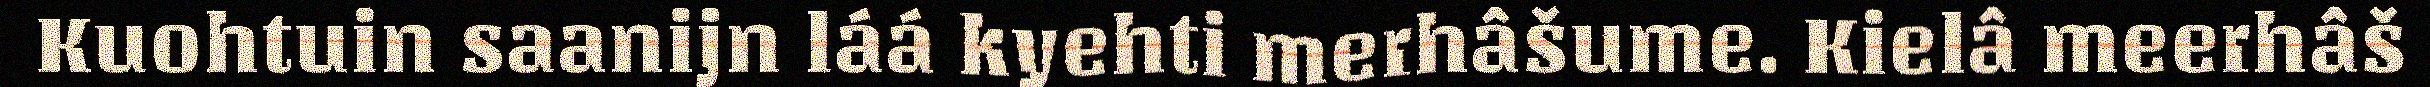
Kuohtuin saanijn láá kyehti merhâšume. Kielâ meerhâš